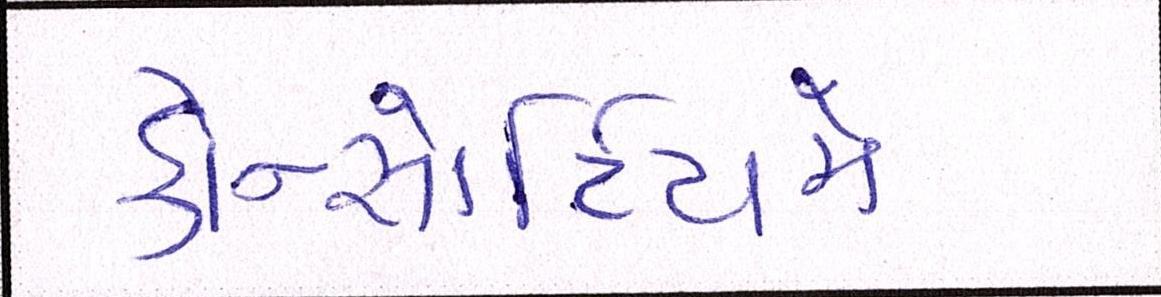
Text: કોન્સોર્ટિયમે